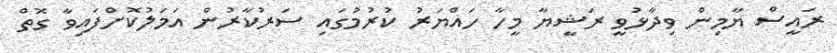
ރައީސް ޔާމިން ވިދާޅުވީ ރަޝީޔާ މީހާ ހައްޔަރު ކުރުމުގައި ސަރުކާރުން އަމަލުކޮށްފައިވާ ގޮތް